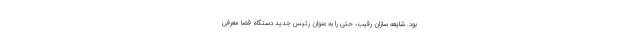
بود. شایعه سازان رقیب، حتی را به عنوان رئیس جدید دستگاه قضا معرفی